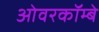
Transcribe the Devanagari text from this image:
ओवरकॉम्बे